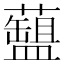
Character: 𧂚